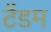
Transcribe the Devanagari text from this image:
टेंडम